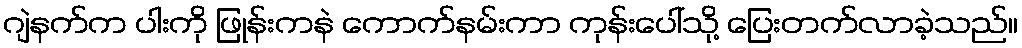
ဂျဲနက်က ပါးကို ဖြုန်းကနဲ ကောက်နမ်းကာ ကုန်းပေါ်သို့ ပြေးတက်လာခဲ့သည်။